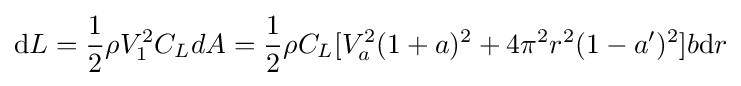
{\mbox{d}}L={\frac {1}{2}}\rho V_{1}^{2}C_{L}dA={\frac {1}{2}}\rho C_{L}[V_{a}^{2}(1+a)^{2}+4\pi ^{2}r^{2}(1-a')^{2}]b{\mbox{d}}r